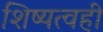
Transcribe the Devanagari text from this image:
शिष्यत्वही